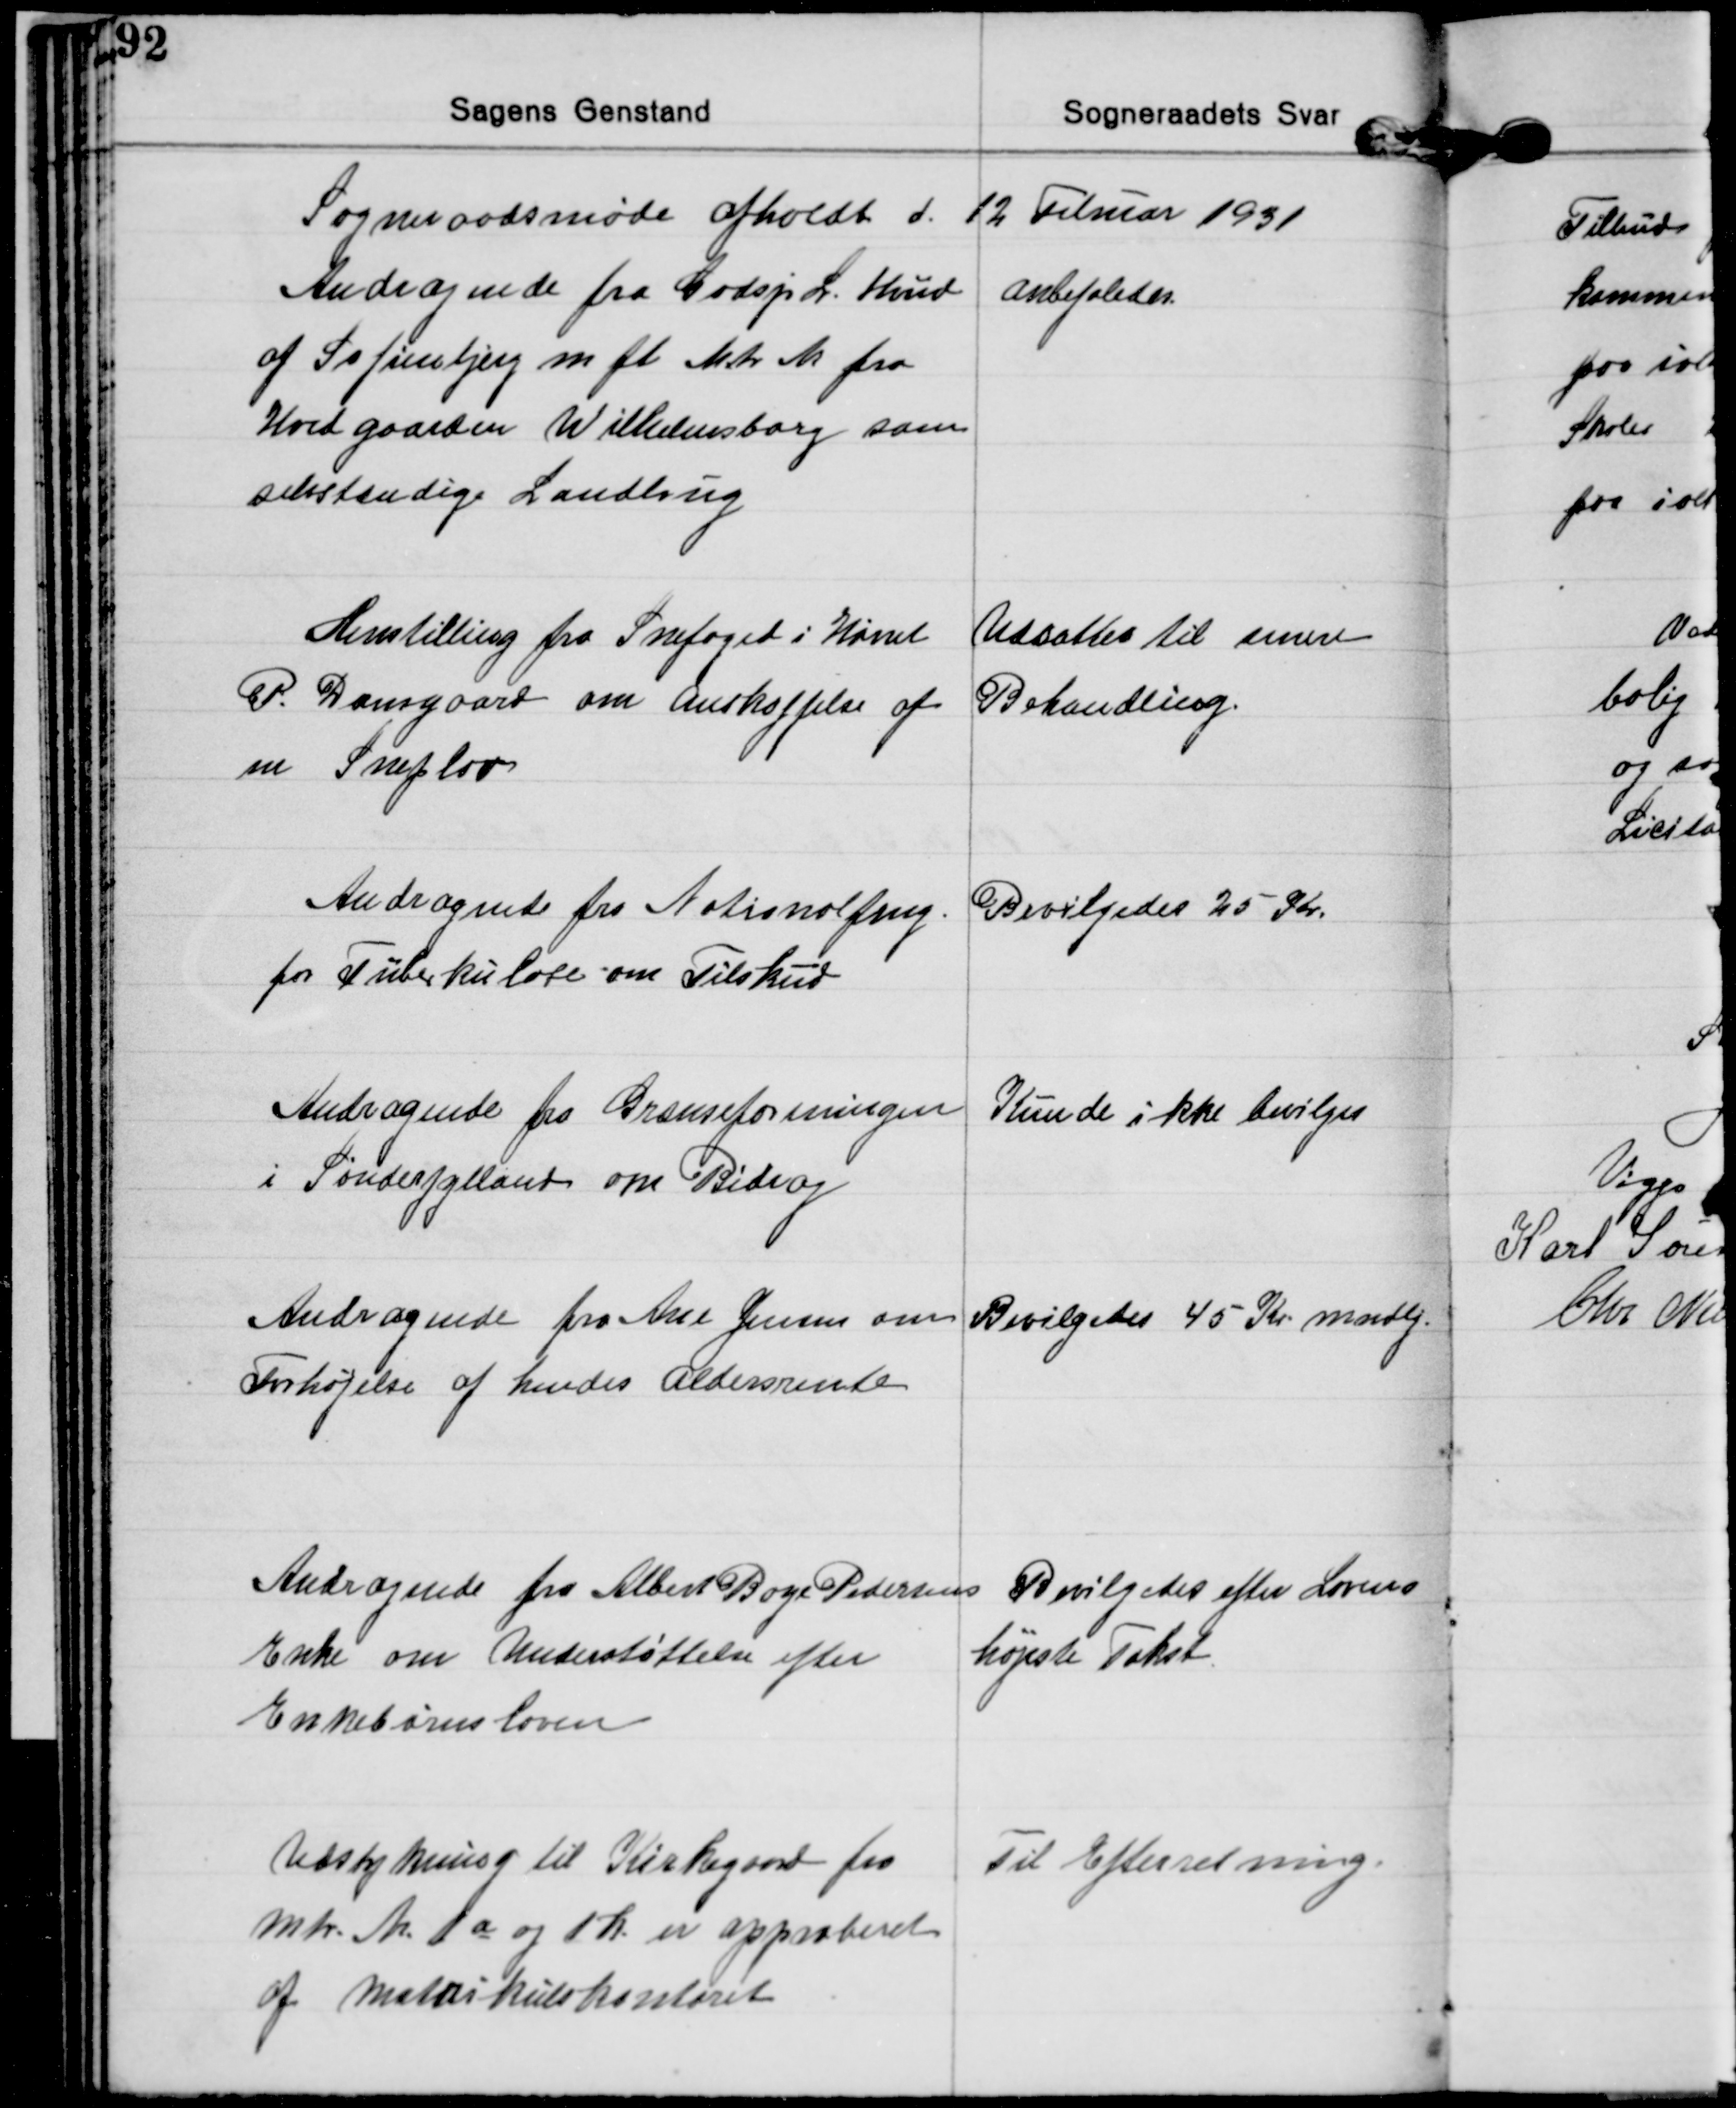
Transskription:
Sogneraadsmøde afholdt d. 12 Februar 1931

Andragende fra Godsjr L. Hviid
af Sofienbjerg m fl Mtr Nr fra
Hovedgaarden Wilhelmsborg som
selvstændige Landbrug
Anbefaledes.

Henstilling fra Snefoged i Hørret
P. Damsgaard om Anskaffelse af
en Sneplov
Udsattes til senere
Behandling.

Andragende fra Nationalfrng.
for Tuberkulose om Tilskud
Bevilgedes 25 Kr.

Andragende fra Grænseforeningen
i Sønderjylland om Bidrag
Kunde ikke bevilges

Andragende fra Ane Jensen om
Forhøjelse af hendes Aldersrente
Bevilgedes 45 Kr mndlg.

Andragende fra Albert Boye Pedersens
Enke om Understøttelse efter
Enkebørnsloven
Bevilgedes efter Lovens
højeste Takst.

Udstykning til Kirkegaard fra
Mtr. Nr. 1a og 1h. er approberet
af Matrikulskontoret
Til Efterretning.